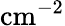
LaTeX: \mathrm{cm}^{-2}